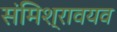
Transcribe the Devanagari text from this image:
संमिश्रावयव